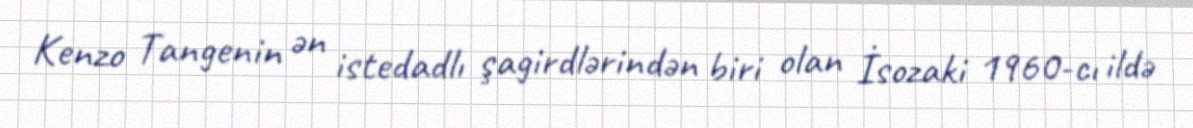
Kenzo Tangenin ən istedadlı şagirdlərindən biri olan İsozaki 1960-cı ildə